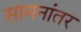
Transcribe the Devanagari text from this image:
सामनांतर